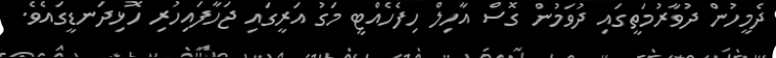
ދެމީހުން ދުވާރުމަތީގައި ދުވަމުން ގޮސް އާހިލް ހިފެހެއްޓީ މަގު އަރީގައި ޖަހާފައިހުރި ހޮޅިދަނޑީގައެވެ.